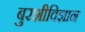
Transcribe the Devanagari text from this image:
बुरशीविज्ञान